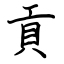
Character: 貢